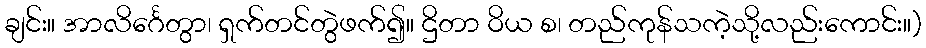
ချင်း။ အာလိင်္ဂေတွာ၊ ရှက်တင်တွဲဖက်၍။ ဌိတာ ဝိယ စ၊ တည်ကုန်သကဲ့သို့လည်းကောင်း။)